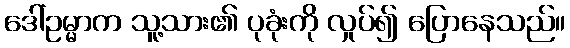
ဒေါ်ဥမ္မာက သူ့သား၏ ပုခုံးကို လှုပ်၍ ပြောနေသည်။